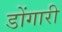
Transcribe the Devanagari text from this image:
डोंगारी